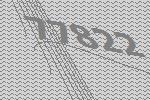
77822